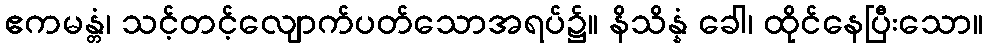
ဧကမန္တံ၊ သင့်တင့်လျောက်ပတ်သောအရပ်၌။ နိသိန္နံ ခေါ၊ ထိုင်နေပြီးသော။